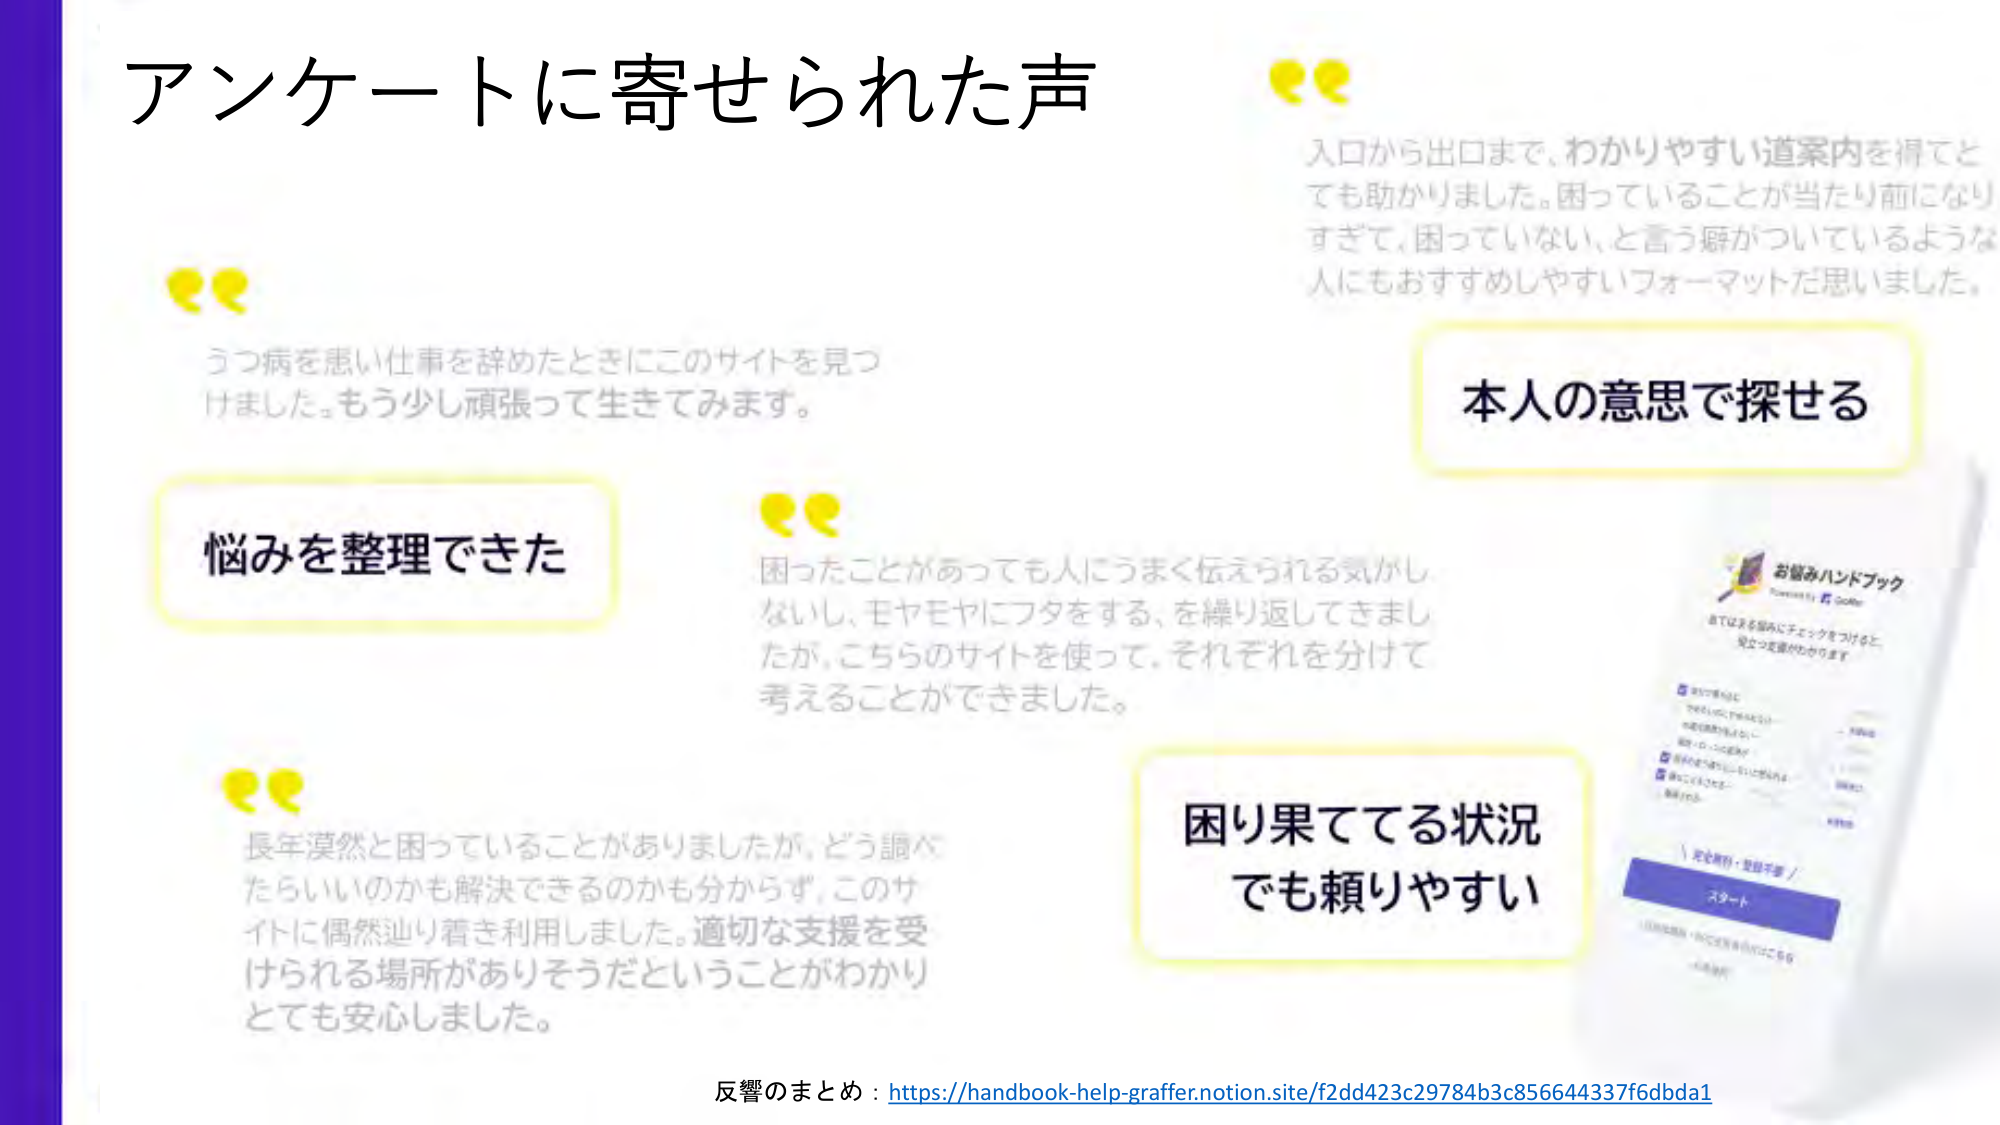
アンケートに寄せられた声

うつ病を患い仕事を辞めたときにこのサイトを見つけました。もう少し頑張って生きてみます。

悩みを整理できた

困ったことがあっても人にうまく伝えられる気がしないし、モヤモヤにフタをする、を繰り返してきましたが、こちらのサイトを使って、それぞれを分けて考えることができました。

長年漠然と困っていることがありましたが、どう調べたらいいのかも解決できるのかも分からず、このサイトに偶然辿り着き利用しました。適切な支援を受けられる場所がありそうだということがわかりとても安心しました。

入口から出口まで、わかりやすい道案内を得てとても助かりました。困っていることが当たり前になりすぎて、困っていない、と言う癖がついているような人にもおすすめしやすいフォーマットだと思いました。

本人の意思で探せる

困り果ててる状況でも頼りやすい

お悩みハンドブック
Powered by Graffer
あてはまる悩みにチェックをつけると、
見つかる道がわかります

☑ あたたかさがほしい
☑ 今どうしたらいいかわからない
☑ 何をどうすればいいかわからない
☑ 人との関わりが苦手
☑ 仕事のストレスや人間関係に悩む
☑ 体調が悪い
☑ お金の心配がある
☑ 未来が不安

☑ 定年退職・見込み不振
スタート

反響のまとめ：https://handbook-help-graffer.notion.site/f2dd423c29784b3c856644337f6dbda1